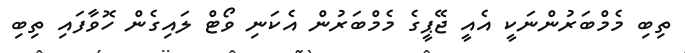
ތިބި މެމްބަރުންނަކީ އެއީ ޖޭޕީގެ މެމްބަރުން އެކަނި ވޯޓް ލައިގެން ހޮވާފައި ތިބި